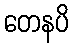
တေနပိ